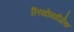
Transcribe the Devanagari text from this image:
लिथोमार्जिक